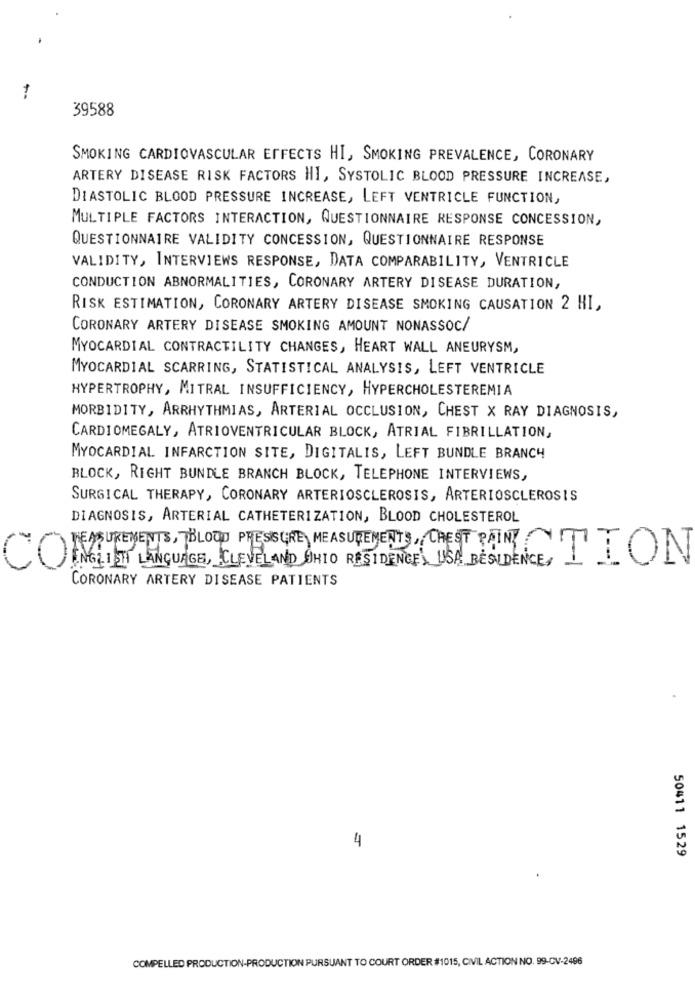
39588
SMOKING CARDIOVASCULAR EFFECTS HI, SMOKING PREVALENCE, CORONARY
ARTERY DISEASE RISK FACTORS HI, SYSTOLIC BLOOD PRESSURE INCREASE,
DIASTOLIC BLOOD PRESSURE INCREASE, LEFT VENTRICLE FUNCTION,
MULTIPLE FACTORS INTERACTION, QUESTIONNAIRE RESPONSE CONCESSION,
QUESTIONNAIRE VALIDITY CONCESSION, QUESTIONNAIRE RESPONSE
VALIDITY, INTERVIEWS RESPONSE, DATA COMPARABILITY, VENTRICLE
CONDUCTION ABNORMALITIES, CORONARY ARTERY DISEASE DURATION,
RISK ESTIMATION, CORONARY ARTERY DISEASE SMOKING CAUSATION 2 HI,
CORONARY ARTERY DISEASE SMOKING AMOUNT NONASSOC/
MYOCARDIAL CONTRACTILITY CHANGES, HEART WALL ANEURYSM,
MYOCARDIAL SCARRING, STATISTICAL ANALYSIS, LEFT VENTRICLE
HYPERTROPHY, MITRAL INSUFFICIENCY, HYPERCHOLESTEREMIA
MORBIDITY, ARRHYTHMIAS, ARTERIAL OCCLUSION, CHEST X RAY DIAGNOSIS,
CARDIOMEGALY, ATRIOVENTRICULAR BLOCK, ATRIAL FIBRILLATION,
MYOCARDIAL INFARCTION SITE, DIGITALIS, LEFT BUNDLE BRANCH
BLOCK, RIGHT BUNDLE BRANCH BLOCK, TELEPHONE INTERVIEWS,
SURGICAL THERAPY, CORONARY ARTERIOSCLEROSIS, ARTERIOSCLEROSIS
DIAGNOSIS, ARTERIAL CATHETERIZATION, BLOOD CHOLESTEROL
INGLIETI LANGUAGE, CLEVELAND OHIO RESIDENCE'S USA BESIDENCE,
CO
MEASUREMENTS, BLOOD PRESURE MEASUREMENTS CHEST BIN ION
CORONARY ARTERY DISEASE PATIENTS
4
50411 1529
COMPELLED PRODUCTION-PRODUCTION PURSUANT TO COURT ORDER #1015, CIVIL ACTION NO. 99-CV-2496